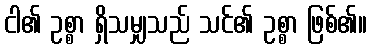
ငါ၏ ဥစ္စာ ရှိသမျှသည် သင်၏ ဥစ္စာ ဖြစ်၏။